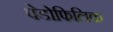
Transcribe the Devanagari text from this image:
पेडोफिलिक